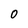
Character: 0